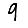
Digit: 9